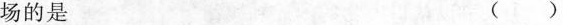
场的是 ()